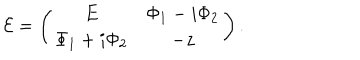
{ \cal E } = \left( \begin{matrix} { { E } } & { { \Phi _ { 1 } - i \Phi _ { 2 } } } \\ { { \Phi _ { 1 } + i \Phi _ { 2 } } } & { { - z } } \\ \end{matrix} \right) .